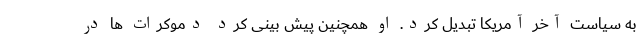
به سیاست آخر آمریکا تبدیل کرد. او همچنین پیش بینی کرد دموکرات ها در